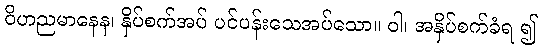
ဝိဟညမာနေန၊ နှိပ်စက်အပ် ပင်ပန်းသေအပ်သော။ ဝါ၊ အနှိပ်စက်ခံရ ၍